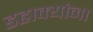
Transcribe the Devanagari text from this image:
डहाक्यांना